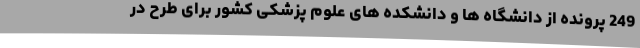
249 پرونده از دانشگاه ها و دانشکده های علوم پزشکی کشور برای طرح در